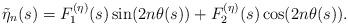
LaTeX: \begin{align*}\tilde{\eta}_n(s) = F_1^{(\eta)}(s)\sin(2n\theta(s)) + F_2^{(\eta)}(s)\cos(2n\theta(s)).\end{align*}